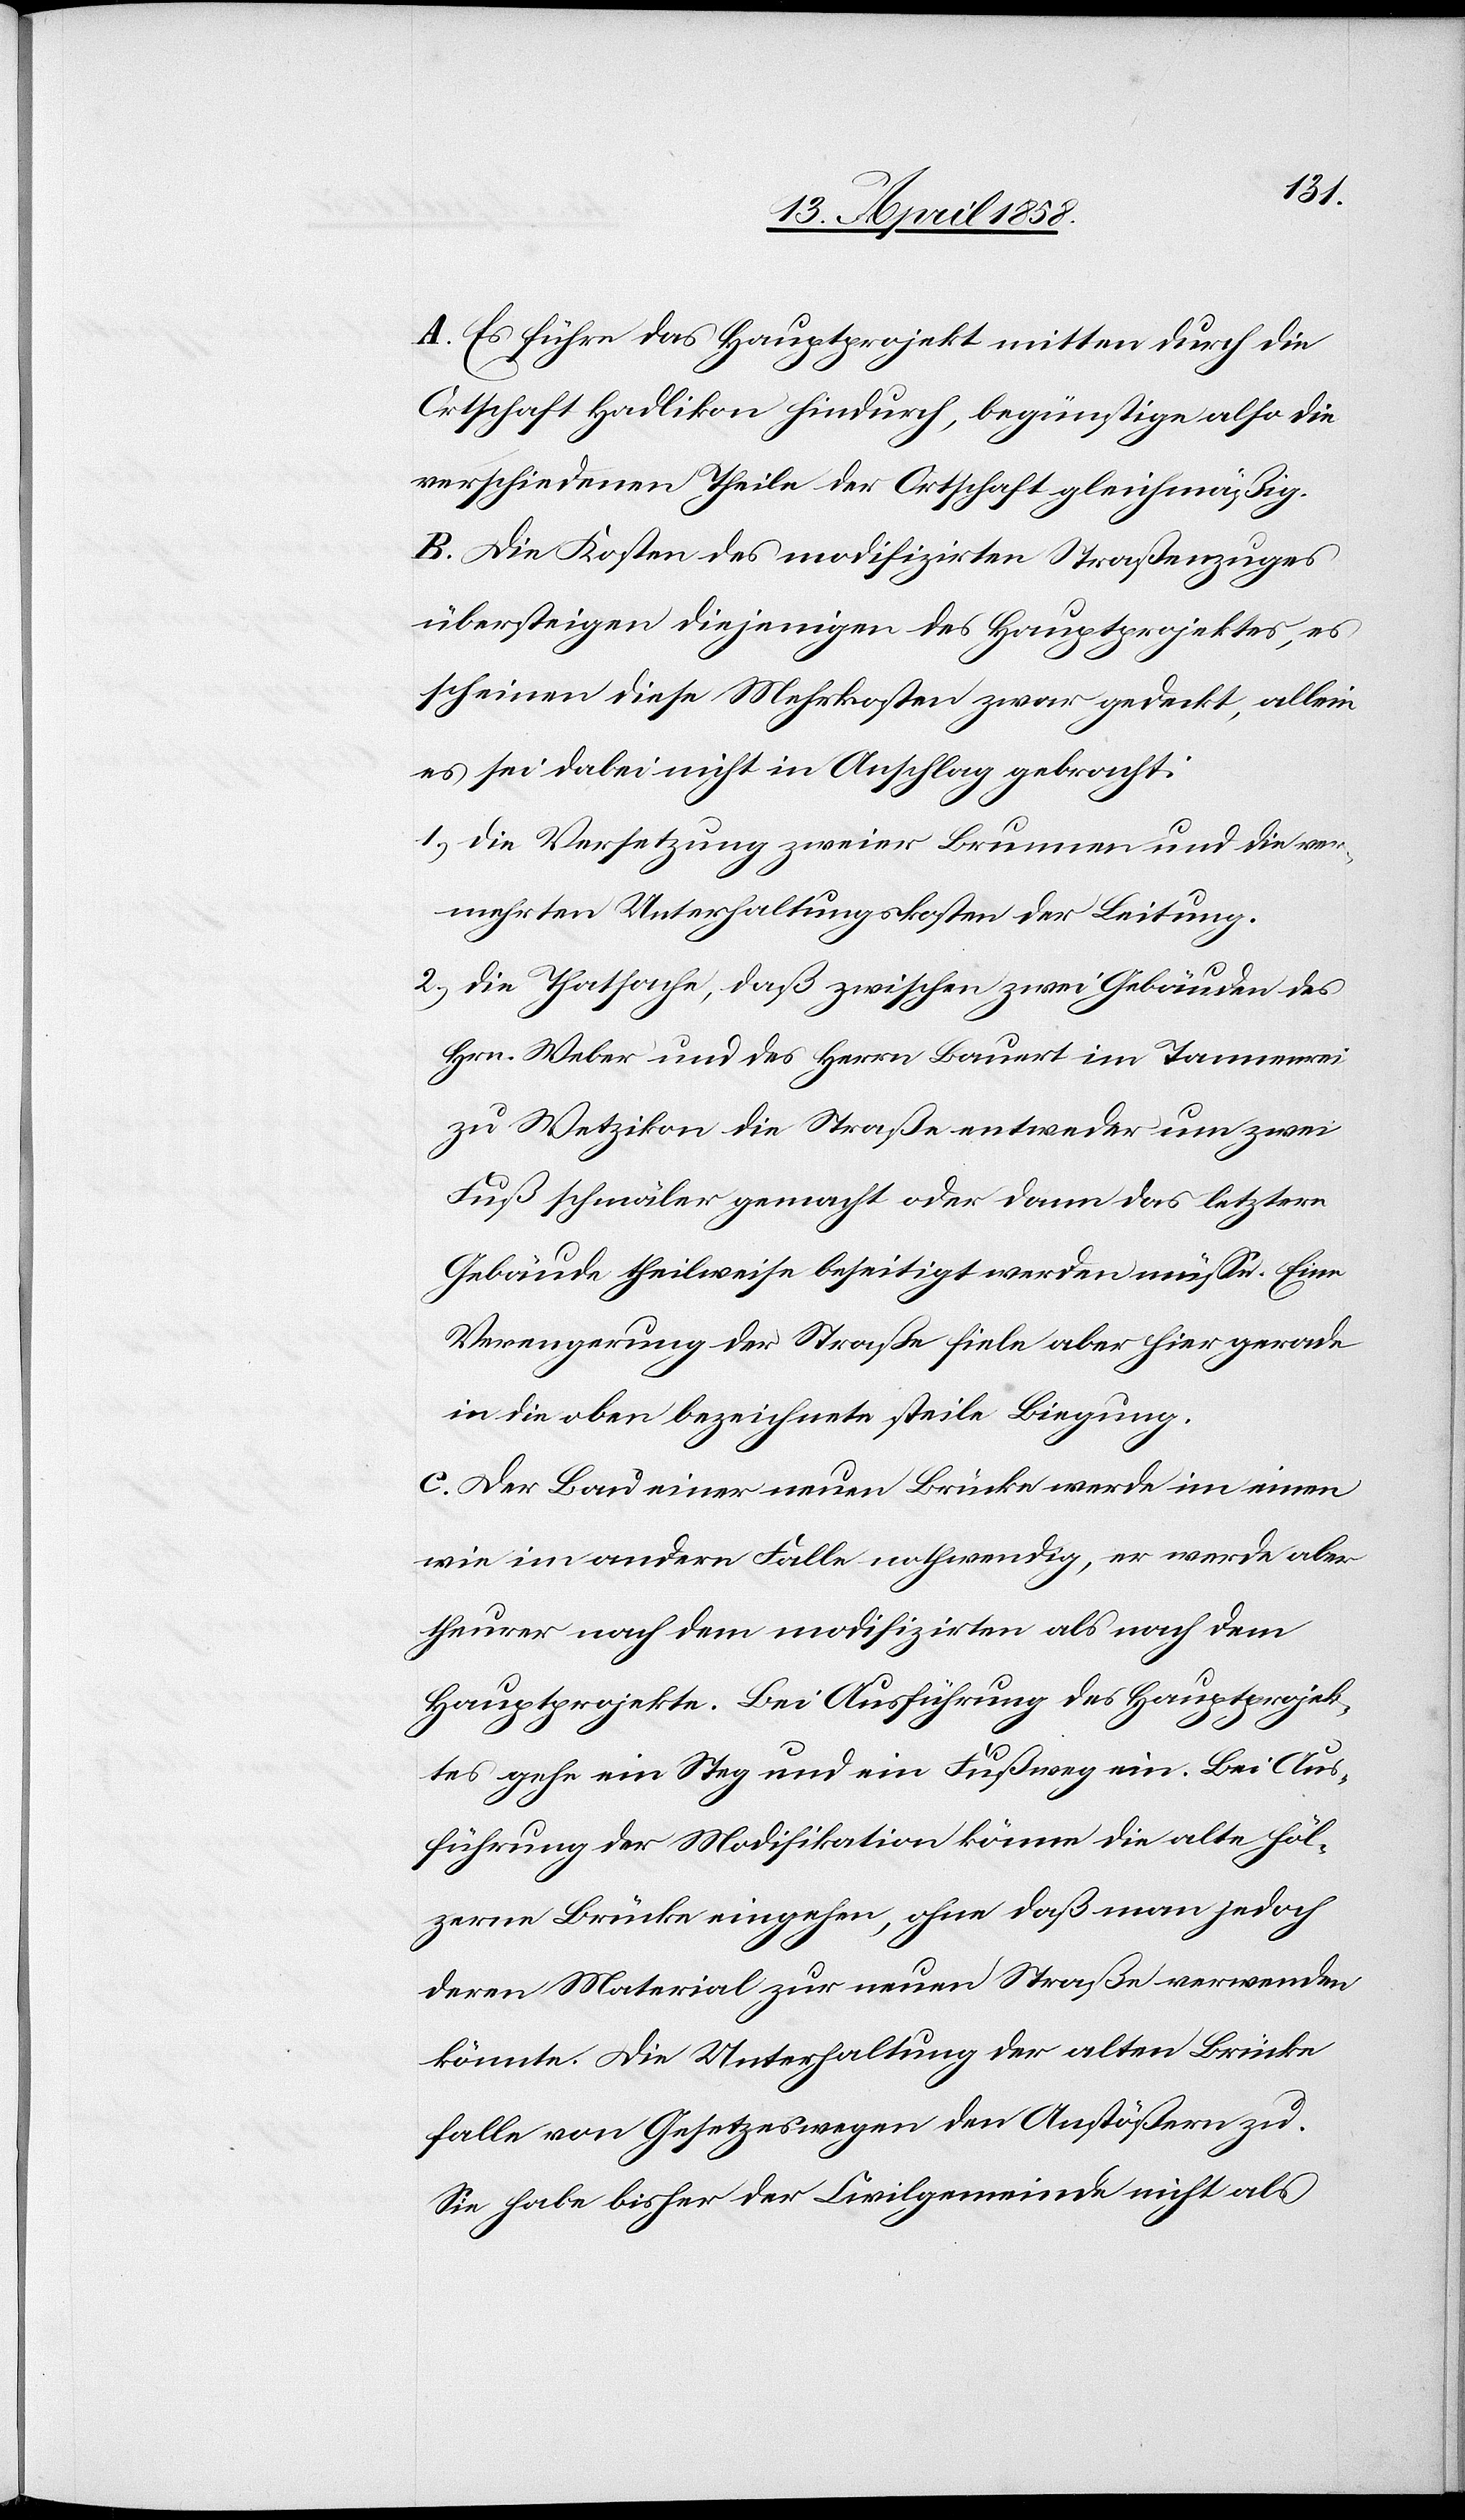
A. Es führe das Hauptprojekt mitten durch die
Ortschaft Hadlikon hindurch, begünstige also die
verschiedenen Theile der Ortschaft gleichmäßig.
B. Die Kosten des modifizirten Straßenzuges
übersteigen diejenigen des Hauptprojektes, es
scheinen diese Mehrkosten zwar gedeckt, allein
es sei dabei nicht in Anschlag gebracht:
1) die Versetzung zweier Brunnen und die ver¬
mehrten Unterhaltungskosten der Leitung.
2) die Thatsache, daß zwischen zwei Gebäuden des
Hrn. Weber und des Herrn Lauert im Tannenrei
zu Wetzikon die Straße entweder um zwei
Fuß schmäler gemacht oder dann das letztere
Gebäude theilweise beseitigt werden müsse. Eine
Verengerung der Straße fiele aber hier gerade
in die oben bezeichnete steile Biegung.
C. Der Bau einer neuen Brücke werde im einen
wie im andern Falle nothwendig, es werde aber
theurer nach dem modifizirten als nach dem
Hauptprojekte. Bei Ausführung des Hauptprojek¬
tes gehe ein Steg und ein Fußweg ein. Bei Aus¬
führung der Modifikation könne die alte höl¬
zerne Brücke eingehen, ohne daß man jedoch
deren Material zur neuen Straße verwenden
könnte. Die Unterhaltung der alten Brücke
falle von Gesetzeswegen den Anstößern zu.
Sie habe bisher der Civilgemeinde nicht als